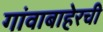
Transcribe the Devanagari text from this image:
गांवाबाहेरची